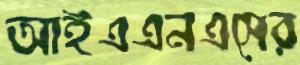
আইএএনএসের